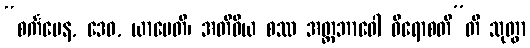
“စင်္ကမေန, ဒေဝ, ယာပေတိ၊ အတိဝိယ စဿ အတ္တဘာဝေါ ဝိရောစတီ”တိ သုတွာ